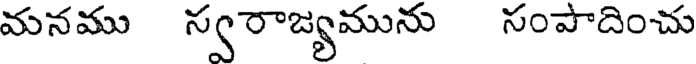
మనము స్వరాజ్యమును సంపాదించు